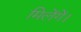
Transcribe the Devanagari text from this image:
मिलेंगें।